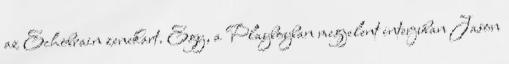
az Echobrain zenekart. Egy, a Playboyban megjelent interjúban Jason